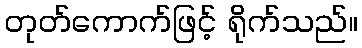
တုတ်ကောက်ဖြင့် ရိုက်သည်။